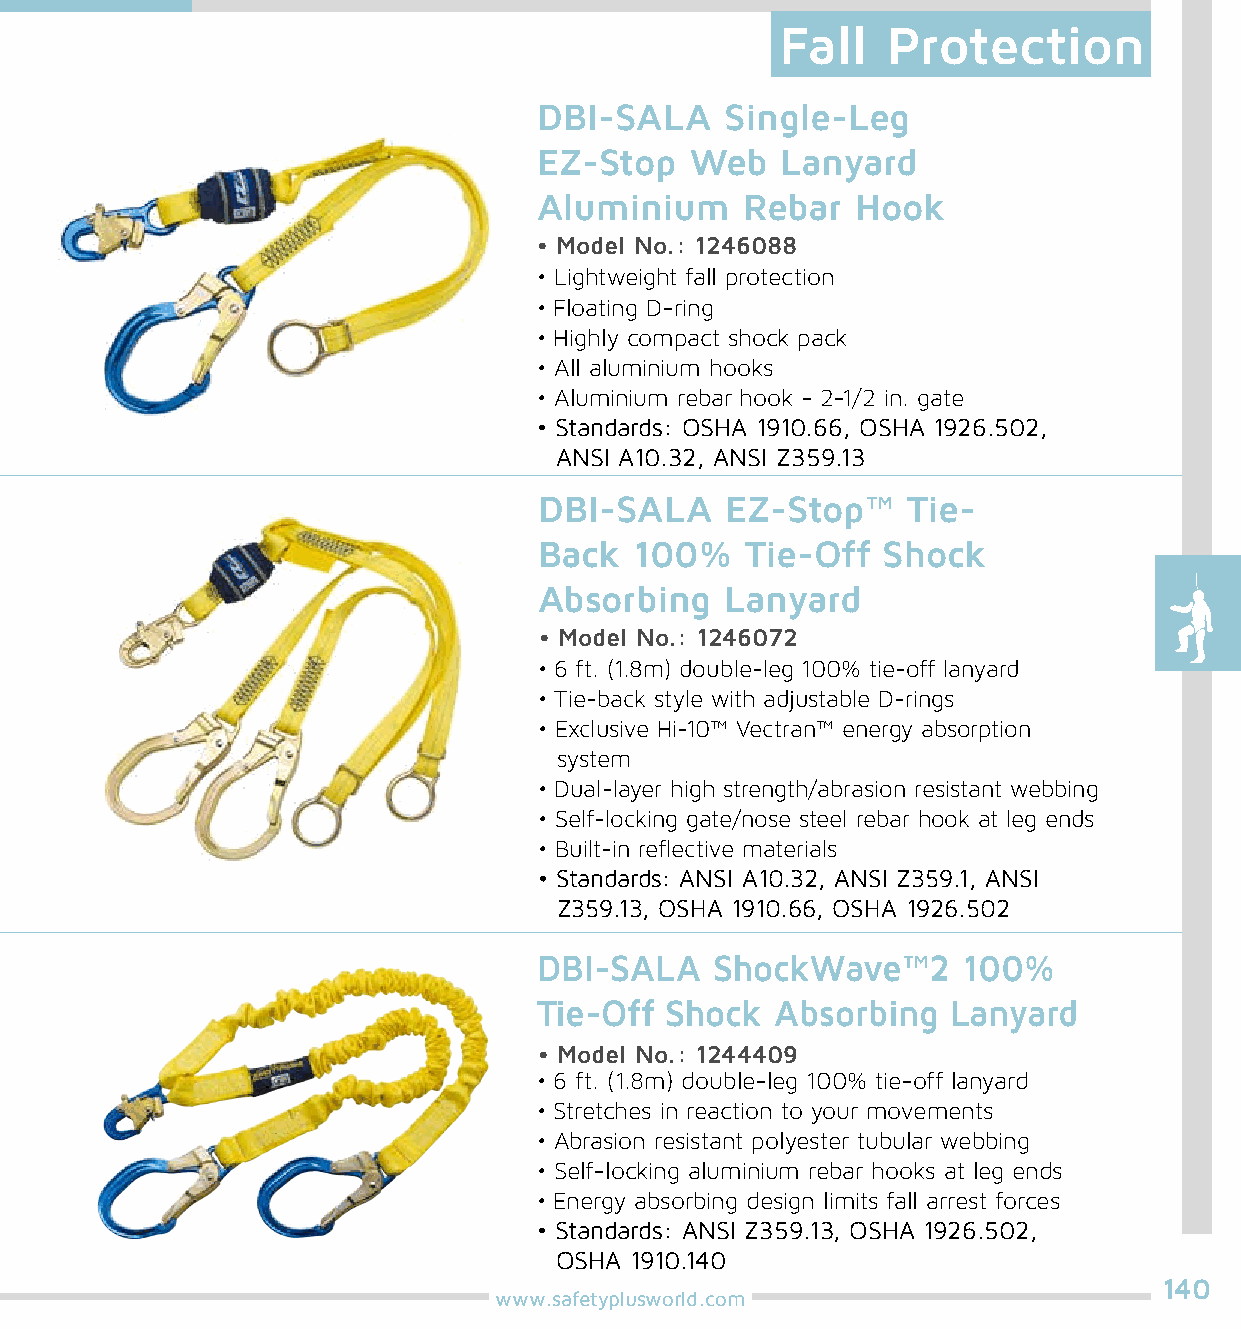
Fall   Protection
 DBI-SALA    Single-Leg
 EZ-Stop   Web   Lanyard
 Aluminium    Rebar   Hook
 • Model No.: 1246088
 • Lightweight fall protection
 • Floating D-ring
 • Highly compact shock pack
 • All aluminium hooks
 • Aluminium rebar hook - 2-1/2 in. gate
 • Standards: OSHA 1910.66, OSHA 1926.502,
 ANSI A10.32, ANSI Z359.13
 DBI-SALA    EZ-Stop™    Tie-
 Back  100%   Tie-Off  Shock
 Absorbing   Lanyard
 • Model No.: 1246072
 • 6 ft. (1.8m) double-leg 100% tie-off lanyard
 • Tie-back style with adjustable D-rings
 • Exclusive Hi-10™ Vectran™ energy absorption
 system
 • Dual-layer high strength/abrasion resistant webbing
 • Self-locking gate/nose steel rebar hook at leg ends
 • Built-in reflective materials
 • Standards: ANSI A10.32, ANSI Z359.1, ANSI
 Z359.13, OSHA 1910.66, OSHA 1926.502
 DBI-SALA   ShockWave™2      100%
 Tie-Off Shock  Absorbing   Lanyard
 • Model No.: 1244409
 • 6 ft. (1.8m) double-leg 100% tie-off lanyard
 • Stretches in reaction to your movements
 • Abrasion resistant polyester tubular webbing
 • Self-locking aluminium rebar hooks at leg ends
 • Energy absorbing design limits fall arrest forces
 • Standards: ANSI Z359.13, OSHA 1926.502,
 OSHA 1910.140
 140
 www.safetyplusworld.com